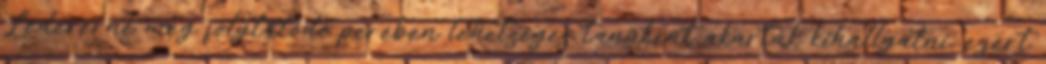
Lédererné még folytatódó perében lehetséges tanúként akarták kihallgatni, ezért